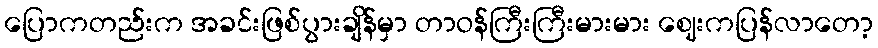
ပြောကတည်းက အခင်းဖြစ်ပွားချိန်မှာ တာဝန်ကြီးကြီးမားမား ဈေးကပြန်လာတော့